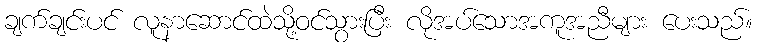
ချက်ချင်းပင် လူနာဆောင်ထဲသို့ဝင်သွားပြီး လိုအပ်သောအကူအညီများ ပေးသည်။